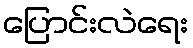
ပြောင်းလဲရေး